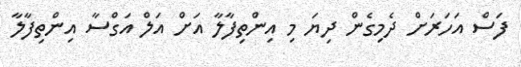
ފަސް އަހަރަށް ދެމިގެން ދިޔަ މި އިންތިފާލާ އަށް އަލް އަގްސާ އިންތިފާލާ